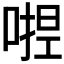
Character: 𭉛